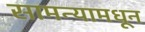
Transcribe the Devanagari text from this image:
सामन्यामधून